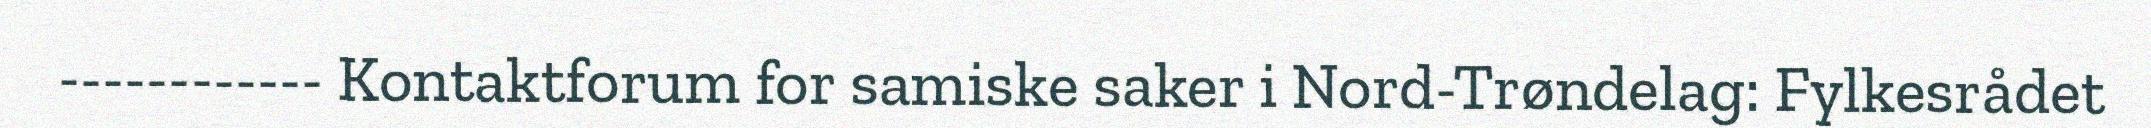
------------ Kontaktforum for samiske saker i Nord-Trøndelag: Fylkesrådet